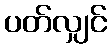
ပတ်လျှင်